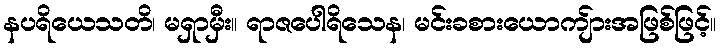
နပရိယေသတိ၊ မရှာမှီး။ ရာဇပေါရိသေန၊ မင်းခစားယောကျ်ားအဖြစ်ဖြင့်။